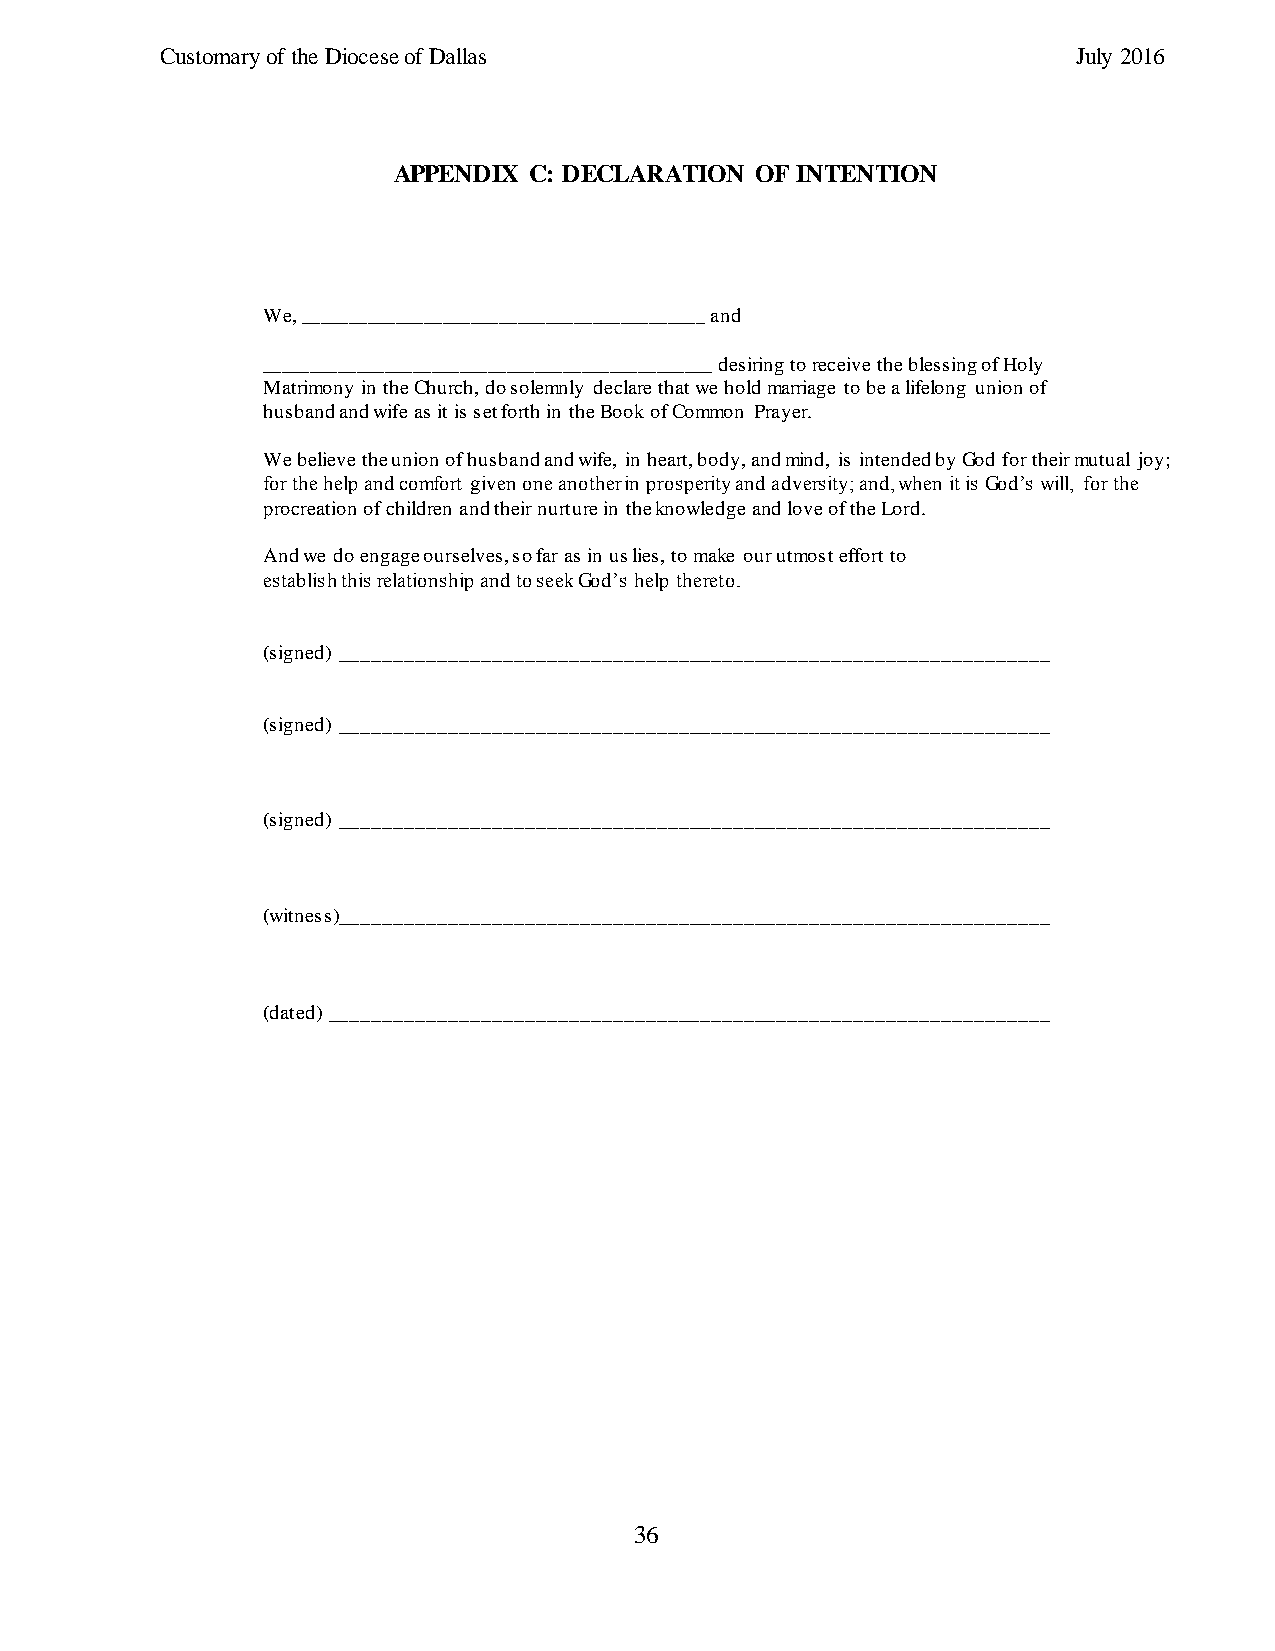
Customary of the Diocese of Dallas                          July 2016
 APPENDIX C: DECLARATION OF INTENTION
 We, ___________________________________________ and
 ________________________________________________ desiring to receive the blessing of Holy
 Matrimony in the Church, do solemnly declare that we hold marriage to be a lifelong union of
 husband and wife as it is set forth in the Book of Common Prayer.
 We believe the union of husband and wife, in heart, body, and mind, is intended by God for their mutual joy;
 for the help and comfort given one another in prosperity and adversity; and, when it is God’s will, for the
 procreation of children and their nurture in the knowledge and love of the Lord.
 And we do engage ourselves, so far as in us lies, to make our utmost effort to
 establish this relationship and to seek God’s help thereto.
 (signed) _________________________________________________________________
 (signed) _________________________________________________________________
 (signed) _________________________________________________________________
 (witness)_________________________________________________________________
 (dated) __________________________________________________________________
 36